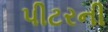
પીટરની